Annual report of the Imperial Bacteriological Laboratory, Muktesar
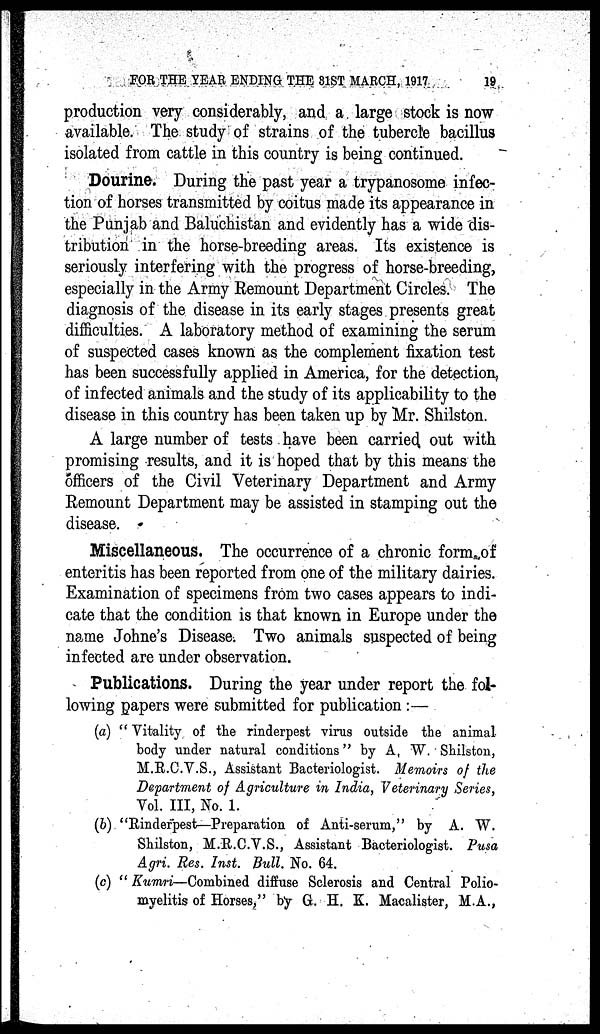
FOR THE YEAR ENDING THE 31ST MARCH, 1917
19
production very considerably, and a large stock is now
available. The study of strains of the tubercle bacillus
isolated from cattle in this country is being continued.
Dourine. During the past year a trypanosome infec-
tion of horses transmitted by coitus made its appearance in
the Punjab and Baluchistan and evidently has a wide dis-
tribution in the horse-breeding areas. Its existence is
seriously interfering with the progress of horse-breeding,
especially in the Army Remount Department Circles. The
diagnosis of the disease in its early stages presents great
difficulties. A laboratory method of examining the serum
of suspected cases known as the complement fixation test
has been successfully applied in America, for the detection,
of infected animals and the study of its applicability to the
disease in this country has been taken up by Mr. Shilston.
A large number of tests have been carried out with
promising results, and it is hoped that by this means the
officers of the Civil Veterinary Department and Army
Remount Department may be assisted in stamping out the
disease.
Miscellaneous. The occurrence of a chronic form of
enteritis has been reported from one of the military dairies.
Examination of specimens from two cases appears to indi-
cate that the condition is that known in Europe under the
name Johne's Disease. Two animals suspected of being
infected are under observation.
Publications. During the year under report the fol-
lowing papers were submitted for publication :—
(a) " Vitality of the rinderpest virus outside the animal
body under natural conditions" by A. W. Shilston,
M.R.C.V.S., Assistant Bacteriologist. Memoirs of the
Department of Agriculture in India, Veterinary Series,
Vol. III, No. 1.
(b) "Rinderpest—Preparation of Anti-serum," by A. W.
Shilston, M.R.C.V.S., Assistant Bacteriologist. Pusa
Agri. Res. Inst. Bull. No. 64.
(c) " Kumri—Combined diffuse Sclerosis and Central Polio-
myelitis of Horses," by G. H. K. Macalister, M.A.,